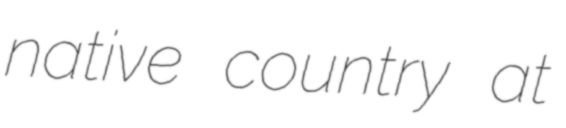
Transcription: native country at